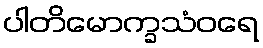
ပါတိမောက္ခသံဝရေ